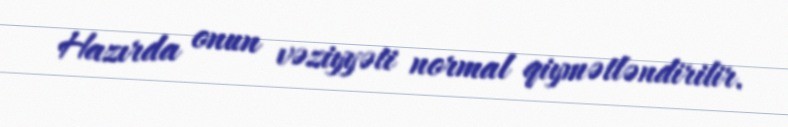
Hazırda onun vəziyyəti normal qiymətləndirilir.